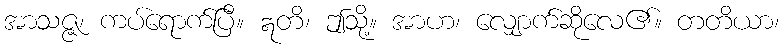
အာသဇ္ဇ၊ ကပ်ရောက်ပြီ။ ဣတိ၊ ဤသို့။ အာဟ၊ လျှောက်ဆိုလေ၏။ တတိယာ၊